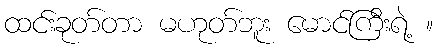
ထင်းခုတ်တာ မဟုတ်ဘူး မောင်ကြီးရဲ့ ။